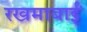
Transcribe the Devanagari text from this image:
रखमाबाईं